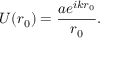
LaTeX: U ( r _ { 0 } ) = { \frac { a e ^ { i k r _ { 0 } } } { r _ { 0 } } } .